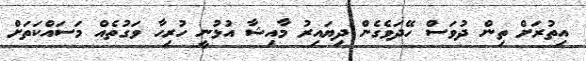
އިތުރަށް ތިން ދުވަސް ހޭދަވެގެން ދިޔައިރު މާއިޝާ އުޅުނީ ހުރިހާ ވަގުތެއް މަސައްކަތަށް